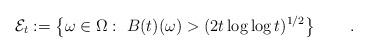
LaTeX: \begin{align*}\mathcal{E}_t := \left\{ \omega\in\Omega:\ B(t)(\omega) >(2 t\log\log t)^{1/2}\right\}\qquad.\end{align*}